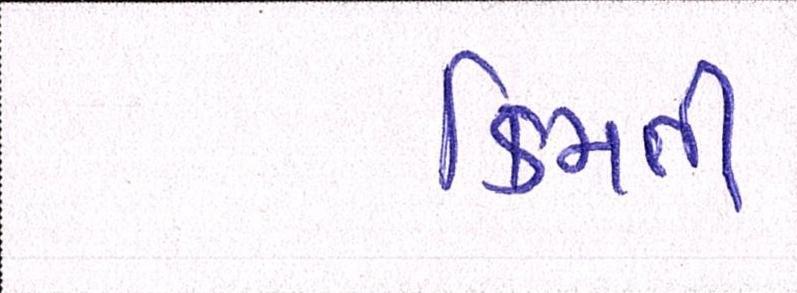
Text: કિમતી